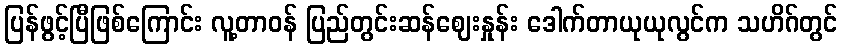
ပြန်ဖွင့်ပြီဖြစ်ကြောင်း လူ့တာဝန် ပြည်တွင်းဆန်ဈေးနှုန်း ဒေါက်တာယုယုလွင်က သဟိဂ်တွင်